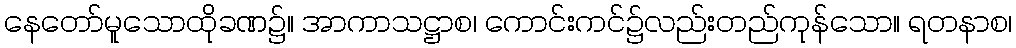
နေတော်မူသောထိုခဏ၌။ အာကာသဋ္ဌာစ၊ ကောင်းကင်၌လည်းတည်ကုန်သော။ ရတနာစ၊